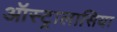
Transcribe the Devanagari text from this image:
ऑस्ट्रालासिया